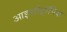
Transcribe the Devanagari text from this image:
आइसोट्रॉपिक